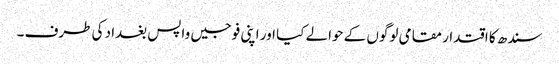
سندھ کا اقتدار مقامی لوگوں کے حوالے کیا اور اپنی فوجیں واپس بغداد کی طرف ۔